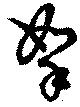
拏